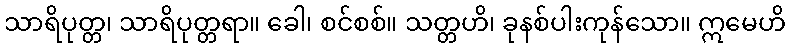
သာရိပုတ္တ၊ သာရိပုတ္တရာ။ ခေါ၊ စင်စစ်။ သတ္တဟိ၊ ခုနစ်ပါးကုန်သော။ ဣမေဟိ